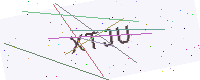
Text: XTJU